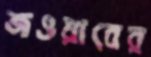
জওয়াবের